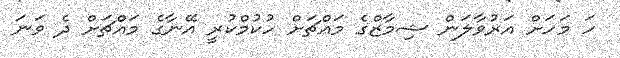
ހަ މަހަށް އަރުވާލަން ޝިމާޒްގެ މައްޗަށް ހުކުމްކުރީ އޭނާގެ މައްޗަށް ދެ ވަނަ